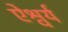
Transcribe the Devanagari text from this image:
ऐश्वर्य